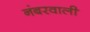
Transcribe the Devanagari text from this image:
नंबरवाली